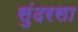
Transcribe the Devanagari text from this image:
सुंदरसा